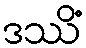
ဒဿိံ